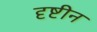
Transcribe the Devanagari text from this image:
दृष्टीन